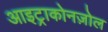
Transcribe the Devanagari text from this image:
आइट्राकोनज़ोल